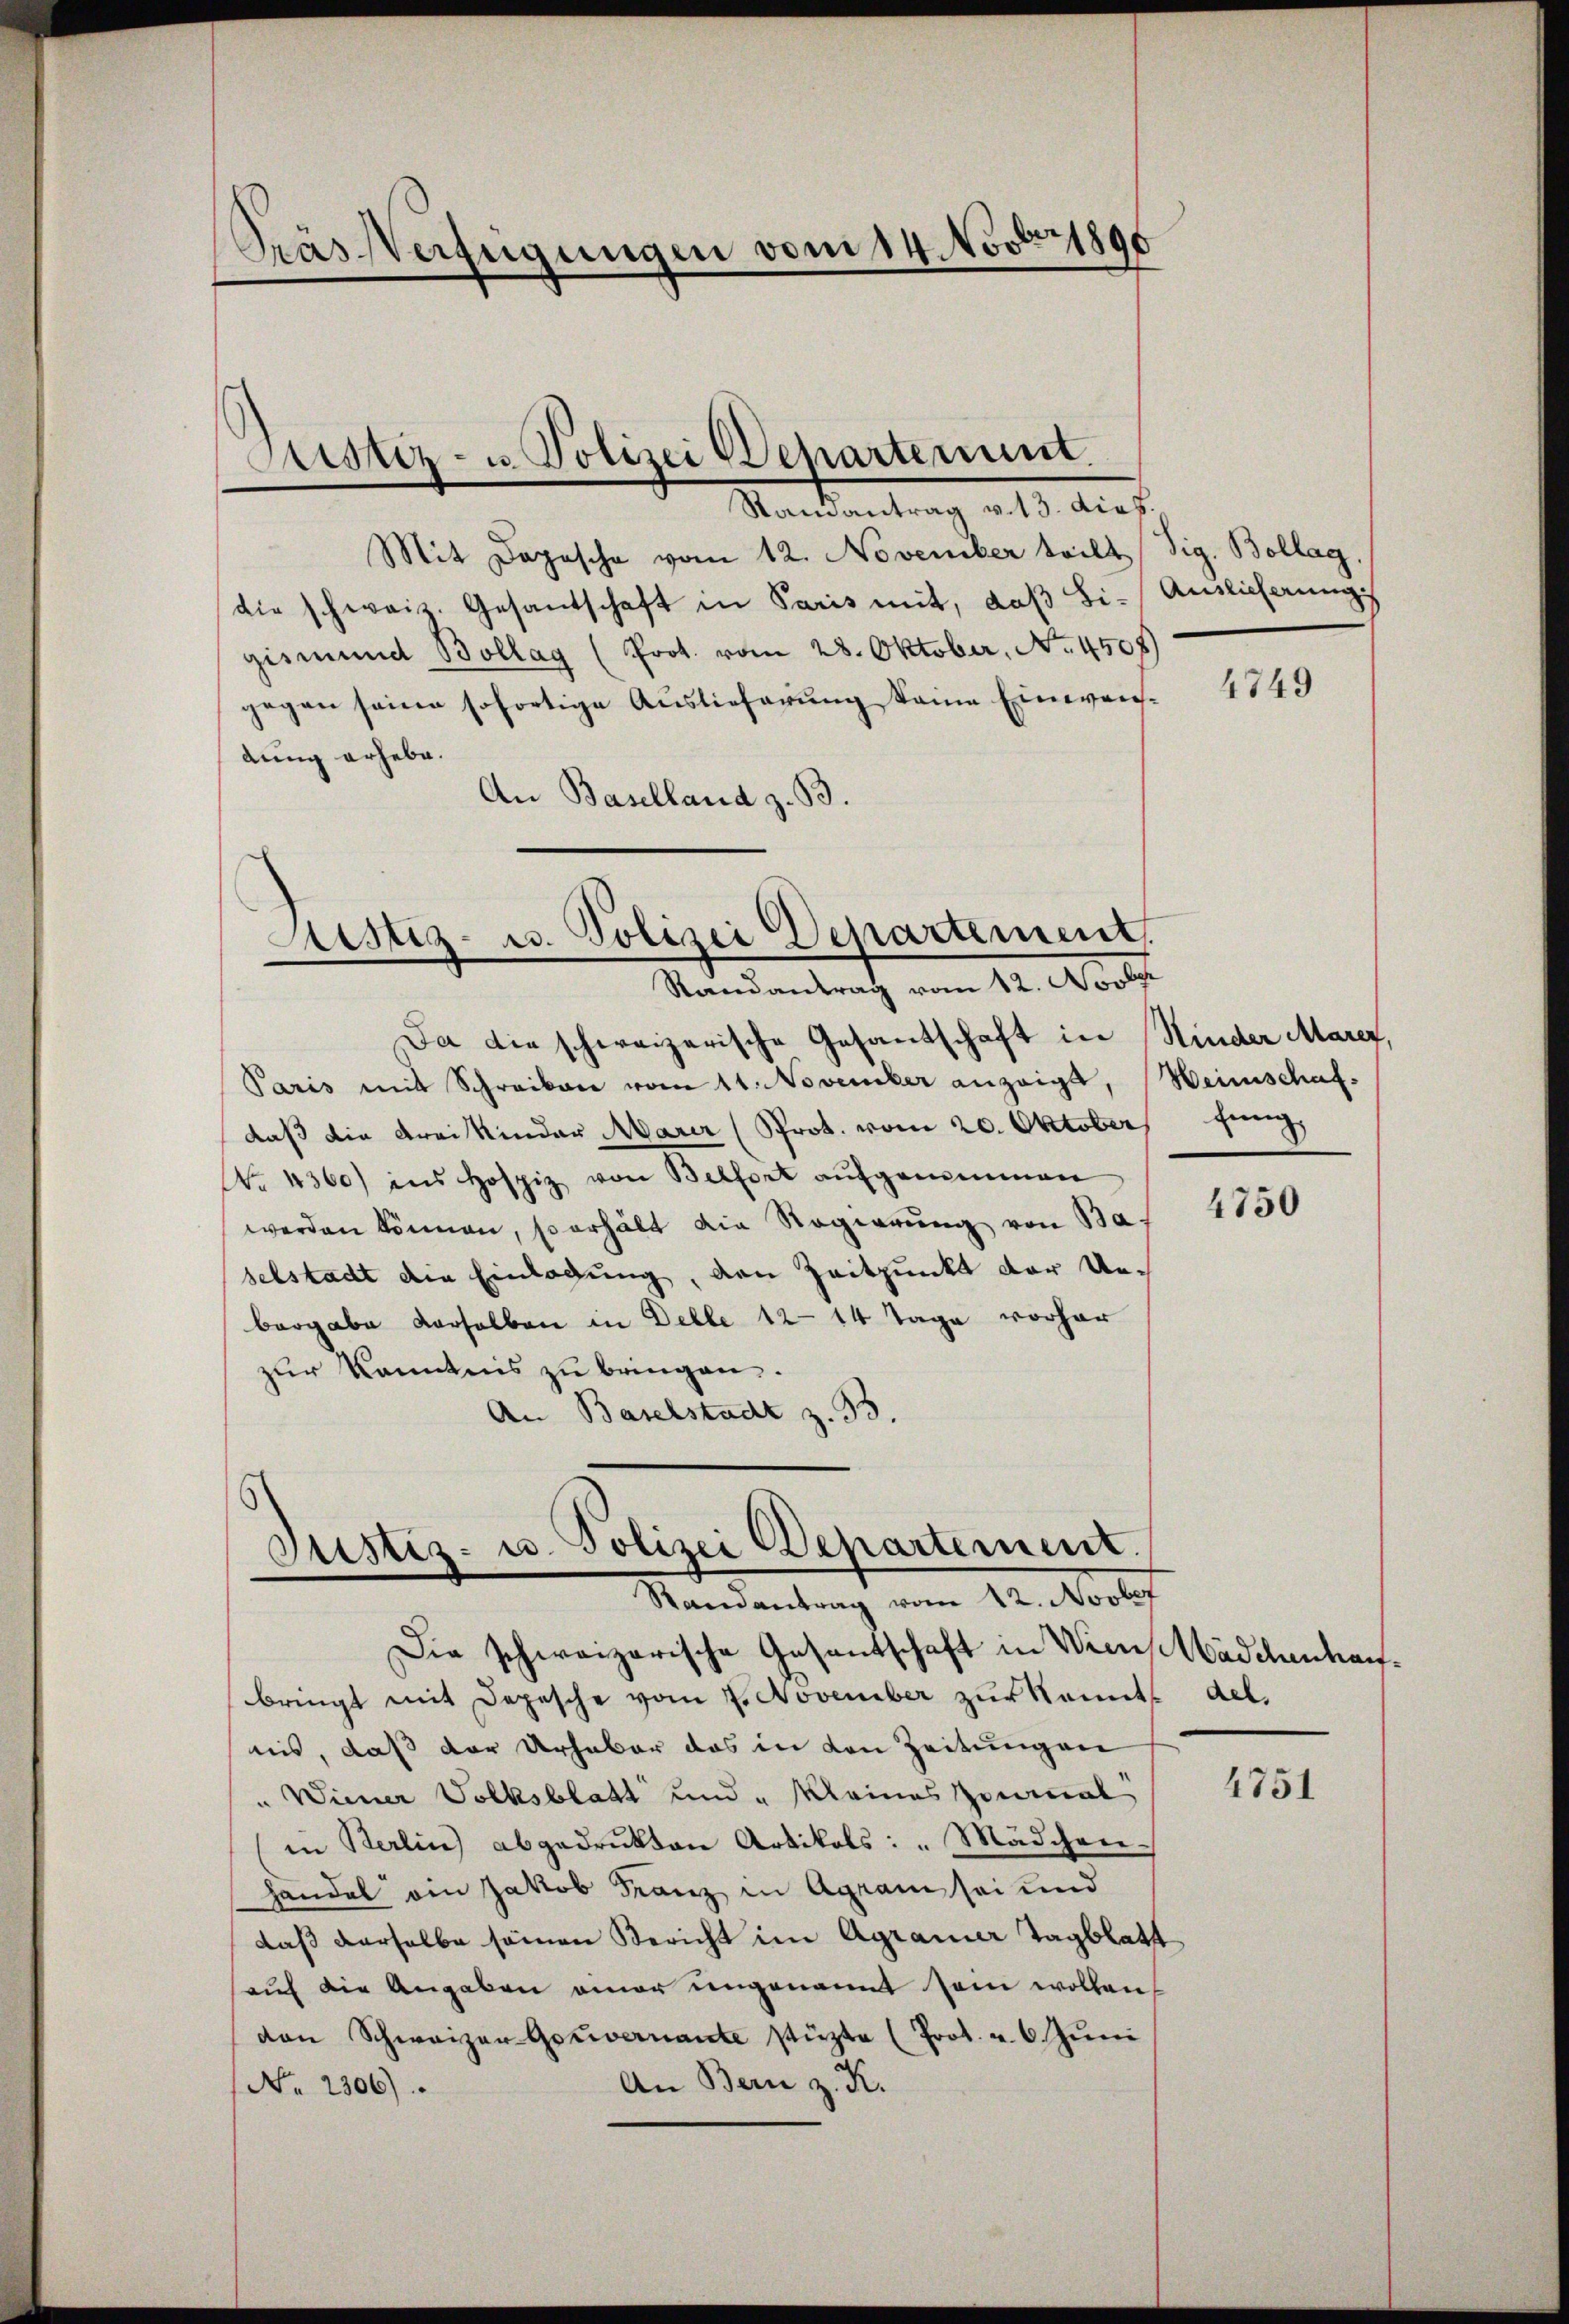
Pras Verfügungen vom 14. Novbr. 1890

Sistiz- u. Polizei Departement.

Mit Depesche vom 12. November teilt Vig. Bollag.
die schweiz. Gesandschaft in Paris mit, daß Sigismund Bollag (Prot. vom 28. Oktober, No. 4508)
gegen seine sofortige Auslieferung keine Einwendung erhebe.
An Baselland z. B.

Randantrag v. 13. dies.

Justiz- u. Polizei Departement.
Randantrag vom 12. Novber

Ja die schweizerische Gesandschaft in Hinder Marez,
Paris mit Schreiben vom 11. November anzeigt, Heimschaf
daß die Frei kinder Marer (Prot. vom 20. Oktober, Jung
No. 4360) ins Hospiz von Belfort aufgenommen
werden können, so erhält die Regierung von Baselstadt die Einlagung, den Zeitpunkt der Uebergabe derselben in Delle 12–14 Tage vorher
zur Kenntnis zu bringen.
An Baselstadt z. B.

Justiz- u. Polizei Departement.
Randantrag vom 22. Novber

Die schweizerische Gesantschaft in Wien, Mädchenhau¬

Auslieferung

bringt mit Depesche vom 7. November zur kannte del.
nis, daß der Urhaber das in den Zeitungen
" Wiener Volksblatt und „Meines Zinmal
in Berlin abgedrukten Artikels: "Mädchen.
handel ein Jakob Franz in Agram sei und
daß derselbe seinen Bericht im Agramer Tagblatt
auf die Angaben einer ungenannt sein wollen,
den Schweizer Gouvernante stüzte (Prot. u. 6. Juni
An Bern z. K.
No. 2306).

4749

4750

4751